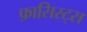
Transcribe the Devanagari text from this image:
फ़ासिस्ट्स